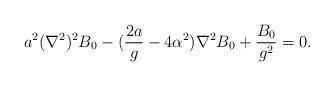
LaTeX: \begin{align*}a^2(\nabla^2)^2B_0-({{2a}\over g}-4\alpha^2)\nabla^2B_0+{{B_0}\over{g^2}}=0.\end{align*}